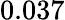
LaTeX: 0.037